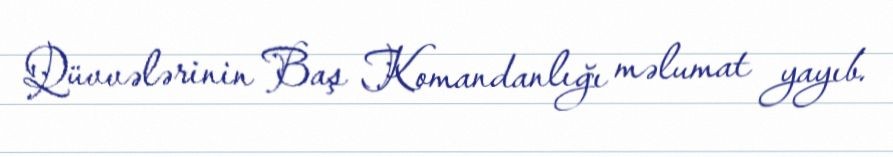
Qüvvələrinin Baş Komandanlığı məlumat yayıb.